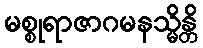
မစ္စုရာဇာဂမနသ္မိန္တိ